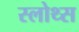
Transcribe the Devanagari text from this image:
स्लोथ्स